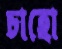
চাহো